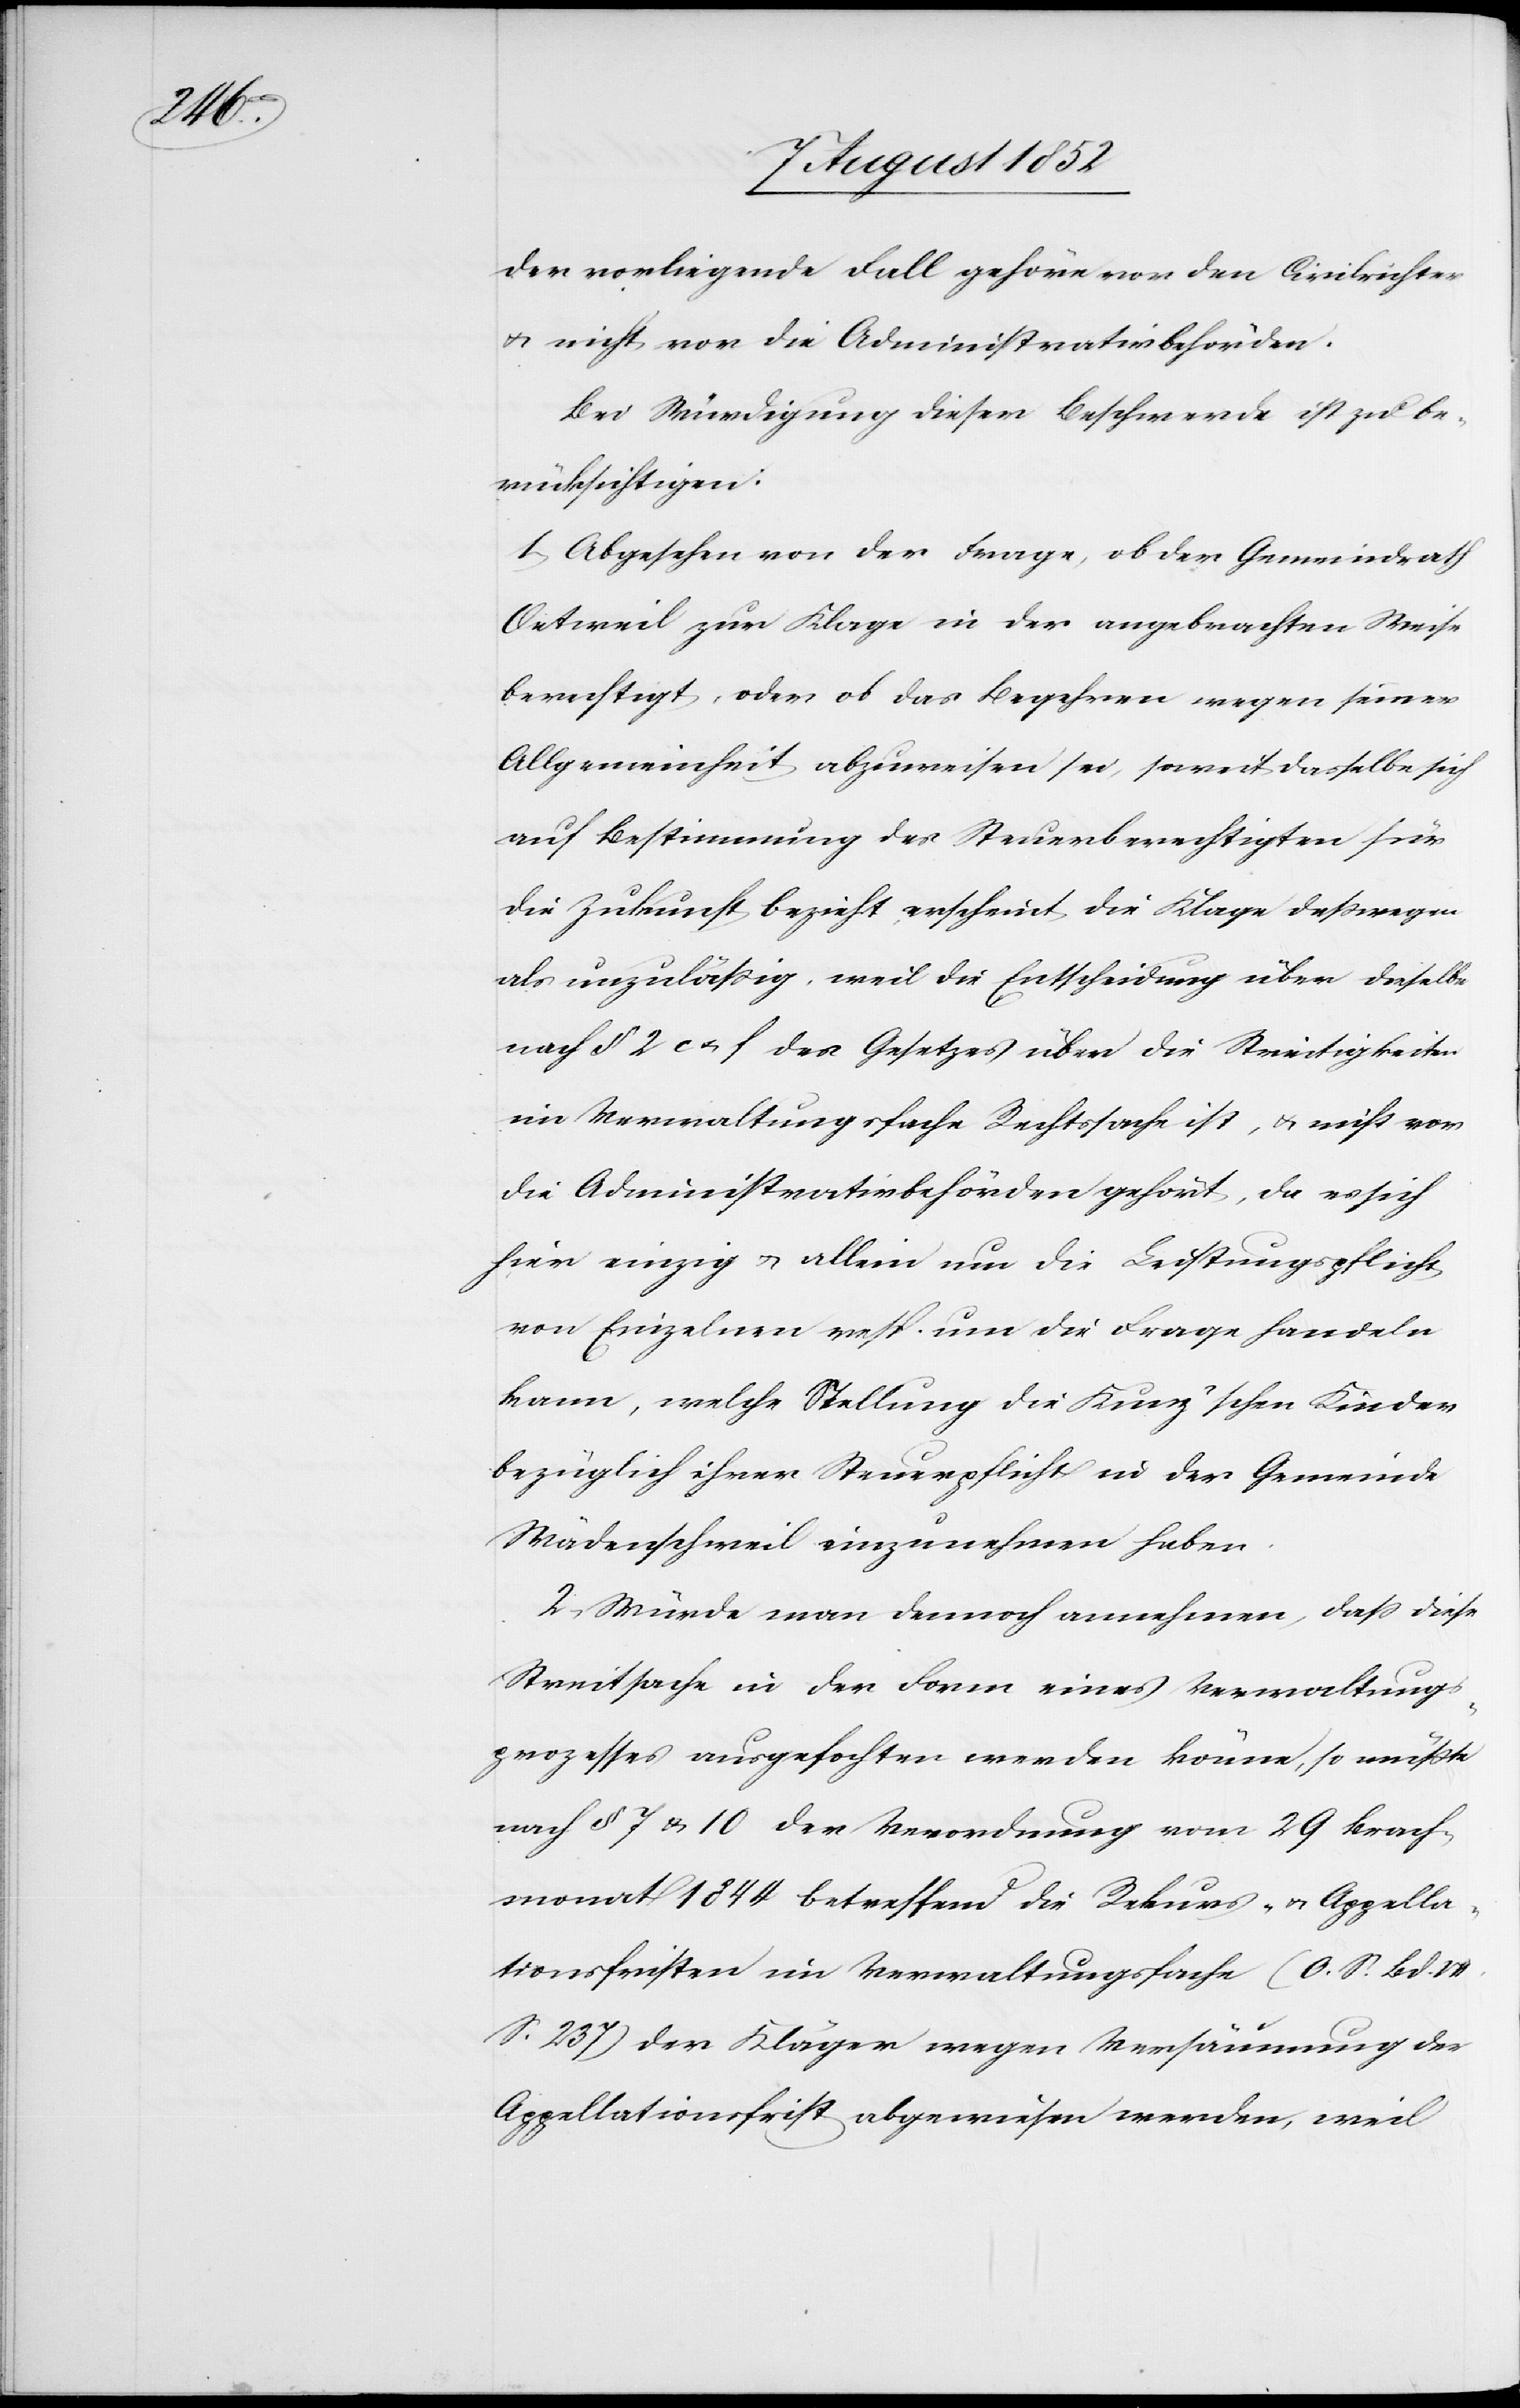
der vorliegende Fall gehöre vor den Civilrichter
& nicht vor die Administrativbehörden.
Bei Würdigung dieser Beschwerde ist zu be¬
rücksichtigen:
1, Abgesehen von der Frage, ob der Gemeindrath
Oetweil zur Klage in der angebrachten Weise
berechtigt, oder ob das Begehren wegen seiner
Allgemeinheit abzuweisen sei, soweit dasselbe sich
auf Bestimmung des Steuerberechtigten für
die Zukunft bezieht, erscheint die Klage deßwegen
als unzuläßig, weil die Entscheidung über dieselbe
nach § 2 c & f des Gesetzes über die Streitigkeiten
im Verwaltungsfache Rechtssache ist, & nicht vor
die Administrativbehörden gehört, da es sich
hier einzig & allein um die Leistungspflicht
von Einzelnen resp. um die Frage handeln
kann, welche Stellung die Kunz’schen Kinder
bezüglich ihrer Steuerpflicht in der Gemeinde
Wädenschweil einzunehmen haben.
2, Würde man dennoch annehmen, dass diese
Streitsache in der Form eines Verwaltung¬
sprozesses ausgefochten werden könne, so müßte
nach § 7 & 10 der Verordnung vom 29 Brach¬
monat 1844 betreffend die Rekurs- & Appella¬
tionsfristen im Verwaltungsfache (O. S. Bd.
S. 237) der Kläger wegen Versäumung der
Appellationsfrist abgewiesen werden, weil